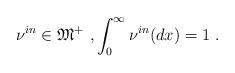
LaTeX: \begin{align*}\nu^{in} \in \mathfrak{M}^+\ , \int_0^\infty \nu^{in}(dx) =1\ . \end{align*}